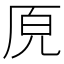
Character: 𭆅